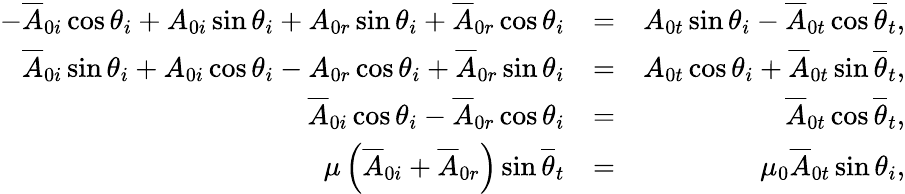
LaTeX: \begin{array}{rlr}{-\overline{{A}}_{0i}\cos\theta_{i}+A_{0i}\sin\theta_{i}+A_{0r}\sin\theta_{i}+\overline{{A}}_{0r}\cos\theta_{i}}&{=}&{A_{0t}\sin\theta_{i}-\overline{{A}}_{0t}\cos\overline{{\theta}}_{t},}\\ {\overline{{A}}_{0i}\sin\theta_{i}+A_{0i}\cos\theta_{i}-A_{0r}\cos\theta_{i}+\overline{{A}}_{0r}\sin\theta_{i}}&{=}&{A_{0t}\cos\theta_{i}+\overline{{A}}_{0t}\sin\overline{{\theta}}_{t},}\\ {\overline{{A}}_{0i}\cos\theta_{i}-\overline{{A}}_{0r}\cos\theta_{i}}&{=}&{\overline{{A}}_{0t}\cos\overline{{\theta}}_{t},}\\ {\mu\left(\overline{{A}}_{0i}+\overline{{A}}_{0r}\right)\sin\overline{{\theta}}_{t}}&{=}&{\mu_{0}\overline{{A}}_{0t}\sin\theta_{i},}\end{array}